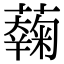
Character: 𧂲